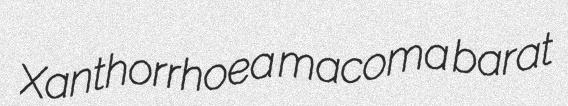
Xanthorrhoea macoma barat